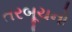
તરબૂચનો